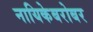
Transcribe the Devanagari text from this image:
नायिकेबरोबर